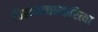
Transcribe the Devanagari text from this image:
विस्मयजनकरित्या